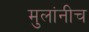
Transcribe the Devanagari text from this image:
मुलांनीच